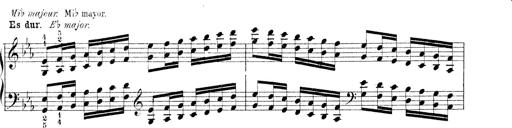
Title: Technische Studien
Composer: Franz Liszt